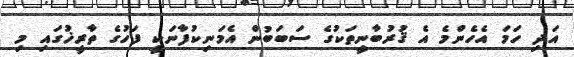
އަދި ހަމަ އެހެންމެ އެ ޤުރުބާނީތަކުގެ ސަބަބުން އެމަނިކުފާނަކީ ފަހުގެ ތާރީޚުގައި މި